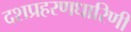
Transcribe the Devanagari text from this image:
दशप्रहरणधारिणी